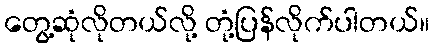
တွေ့ဆုံလိုတယ်လို့ တုံ့ပြန်လိုက်ပါတယ်။